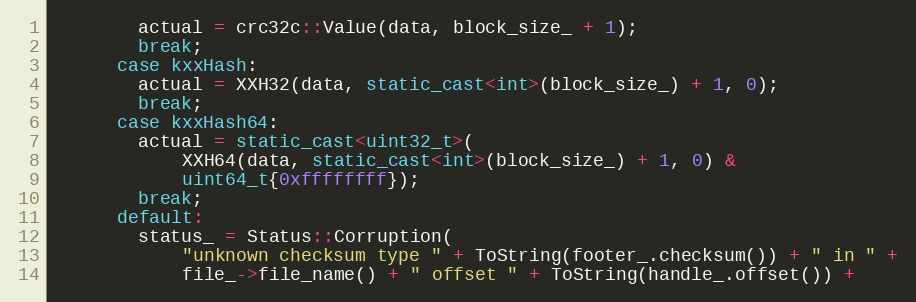
Language: C++
        actual = crc32c::Value(data, block_size_ + 1);
        break;
      case kxxHash:
        actual = XXH32(data, static_cast<int>(block_size_) + 1, 0);
        break;
      case kxxHash64:
        actual = static_cast<uint32_t>(
            XXH64(data, static_cast<int>(block_size_) + 1, 0) &
            uint64_t{0xffffffff});
        break;
      default:
        status_ = Status::Corruption(
            "unknown checksum type " + ToString(footer_.checksum()) + " in " +
            file_->file_name() + " offset " + ToString(handle_.offset()) +